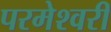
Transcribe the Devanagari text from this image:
परमेश्वरीं